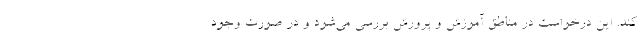
کند. این درخواست در مناطق آموزش و پرورش بررسی می‌شود و در صورت وجود